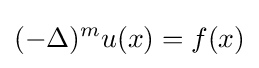
(-\Delta )^{m}u(x)=f(x)